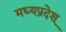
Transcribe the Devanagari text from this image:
मध्यप्रदेश्